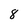
Character: 8